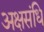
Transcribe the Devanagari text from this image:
अक्षसंधि